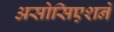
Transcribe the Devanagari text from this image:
असोसिएशने